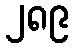
၂၈၉